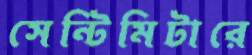
সেন্টিমিটারে